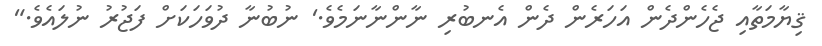
ޤިޔާމަތާއި ޖެހެންދެން އަހަރެން ދެން އެނބުރި ނާންނާނަމެވެ.' ނުބުނާ ދުވަހަކަށް ފަޖުރު ނުލައެވެ."